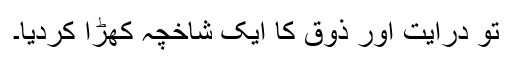
تو درایت اور ذوق کا ایک شاخچہ کھڑا کردیا۔